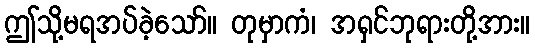
ဤသို့မရအပ်ခဲ့သော်။ တုမှာကံ၊ အရှင်ဘုရားတို့အား။